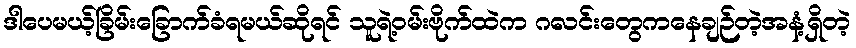
ဒါပေမယ့်ခြိမ်းခြောက်ခံရမယ်ဆိုရင် သူရဲ့ဝမ်းဗိုက်ထဲက ဂလင်းတွေကနေချဉ်တဲ့အနံ့ရှိတဲ့